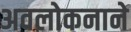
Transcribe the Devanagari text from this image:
अवलोकनाने